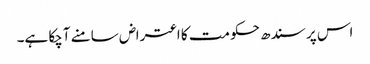
اس پر سندھ حکومت کا اعتراض سامنے آچکا ہے۔